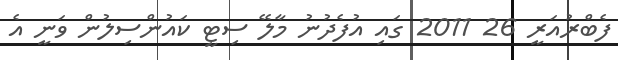
ފެބްރުއަރީ 26 2011 ގައި އުފެދުނު މާލޭ ސިޓީ ކައުންސިލުން ވަނީ އެ